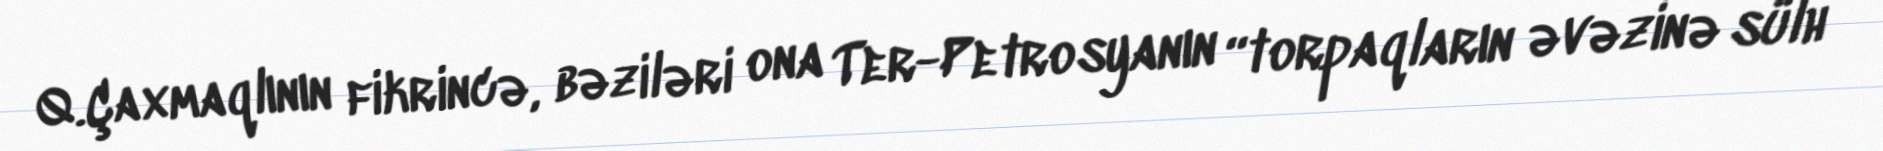
Q.Çaxmaqlının fikrincə, bəziləri ona Ter-Petrosyanın “torpaqların əvəzinə sülh”